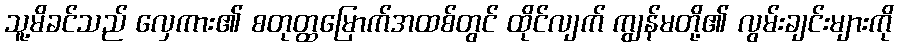
သူ့မိခင်သည် လှေကား၏ စတုတ္ထမြောက်အထစ်တွင် ထိုင်လျက် ကျွန်မတို့၏ လွမ်းချင်းများကို